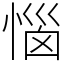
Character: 惱